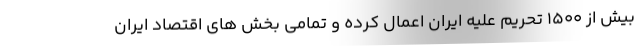
بیش از ۱۵۰۰ تحریم علیه ایران اعمال کرده و تمامی بخش های اقتصاد ایران